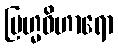
ဗြဟ္မဝိဟာရော